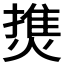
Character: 𤍐